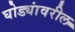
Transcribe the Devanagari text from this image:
घोड्यांवरील